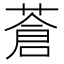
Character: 蒼